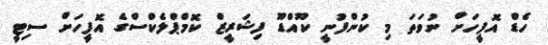
ހެޑް އޮފީހަށް ނުވަތަ މި ކުންފުނީ ކޫއްޑޫ ފިޝަރީޒް ކޮމްޕްލެކްސްގެ އޮފީހަށް ސިޓީ